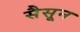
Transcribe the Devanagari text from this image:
सैसून